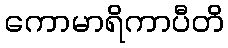
ကောမာရိကာပီတိ